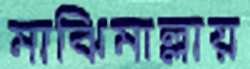
মাঝিমাল্লায়